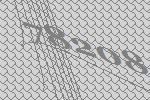
78208